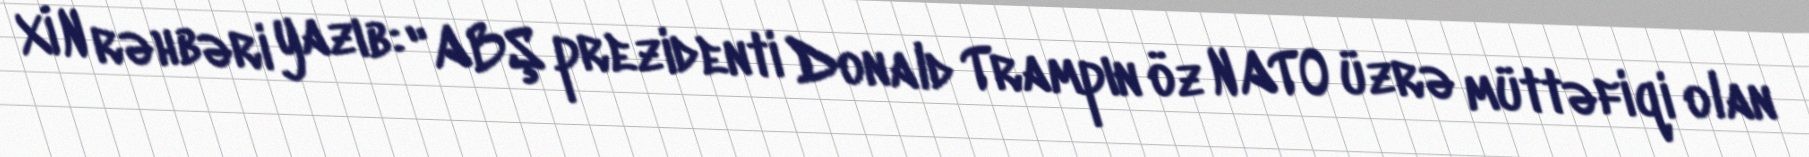
XİN rəhbəri yazıb: "ABŞ prezidenti Donald Trampın öz NATO üzrə müttəfiqi olan